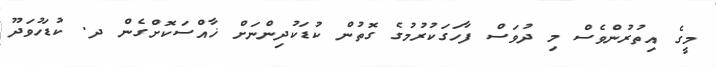
މީގެ އިތުރުންވެސް މި ދުވަސް ފާހަގަކުރުމުގެ ގޮތުން ކުޑަކުދިންނަށް ޚާއްސަކޮށްގެން ދ. ކުޑަހުވަދޫ